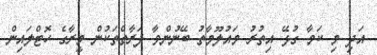
އަދި މި ކަމާ ގުޅޭ އިތުރު މައުލޫމާތު ބޭނުންވާ ފަރާތްތަކުން މީރާގެ ހޮޓްލައިން